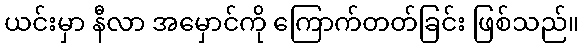
ယင်းမှာ နီလာ အမှောင်ကို ကြောက်တတ်ခြင်း ဖြစ်သည်။